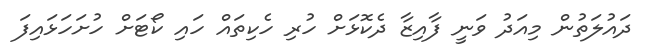
ދައުލަތުން މިއަދު ވަނީ ފާއިޒާ ދެކޮޅަށް ހުރި ހެކިތައް ހައި ކޯޓަށް ހުށަހަޅައިފަ